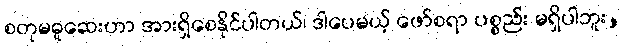
စတုမဓူဆေးဟာ အားရှိစေနိုင်ပါတယ်၊ ဒါပေမယ့် ဖော်စရာ ပစ္စည်း မရှိပါဘူး,